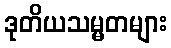
ဒုတိယသမ္မတများ